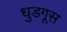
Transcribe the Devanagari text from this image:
धुडगूस